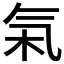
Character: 𬇏